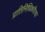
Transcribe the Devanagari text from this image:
प्रातिनिधिकरीत्या